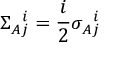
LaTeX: \Sigma _ { A j } ^ { \, \, \, \, i } = \frac { i } { 2 } \sigma _ { A j } ^ { \, \, \, \, i }